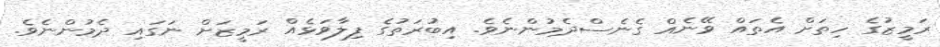
ރަމީޒުގެ ހިތަށް އެތައް ވޭނެއް ގެނެސްދެމުންނެވެ. އިބުރަތުގެ ފިލާވަޅެއް ރަމީޒަށް ނަގައި ދެމުންނެވެ.